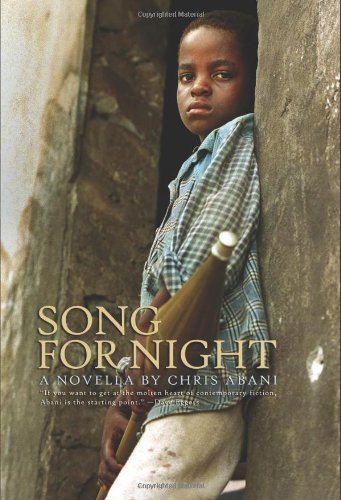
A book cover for Song for Night: A Novella; Chris Abani; Literature & Fiction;